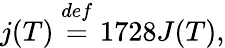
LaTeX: j(T)\stackrel{def}{=}1728J(T),